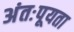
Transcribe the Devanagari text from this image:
अंतःपूयता